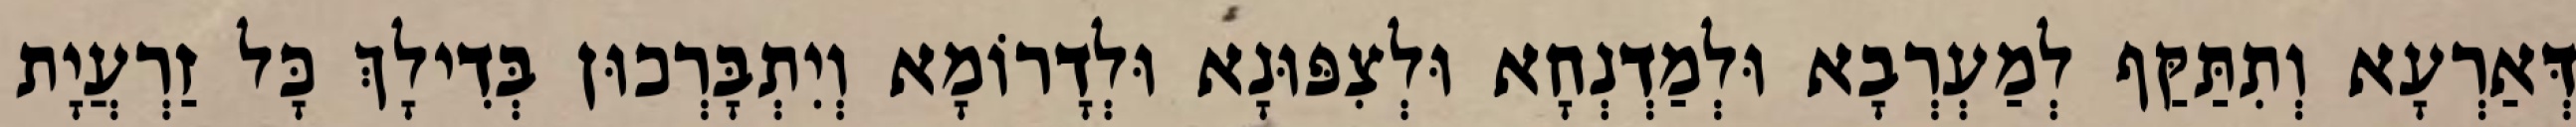
דְּאַרְעָא וְתִתַּקַּף לְמַעְרְבָא וּלְמַדְנְחָא וּלְצִפּוּנָא וּלְדָרוֹמָא וְיִתְבָּרְכוּן בְּדִילָךְ כָּל זַרְעֲיָת